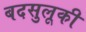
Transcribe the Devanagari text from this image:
बदसुलूकी